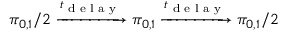
\pi _ { 0 , 1 } / 2 \xrightarrow { t _ { \textrm { d e l a y } } } \pi _ { 0 , 1 } \xrightarrow { t _ { \textrm { d e l a y } } } \pi _ { 0 , 1 } / 2